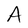
Character: A